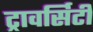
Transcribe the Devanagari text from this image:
ट्रावर्सिटी